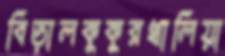
বিড়ালকুকুরখালিয়া